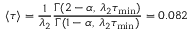
\langle \tau \rangle = \frac { 1 } { \lambda _ { 2 } } \frac { \Gamma ( 2 - \alpha , \: \lambda _ { 2 } \tau _ { \mathrm { m i n } } ) } { \Gamma ( 1 - \alpha , \: \lambda _ { 2 } \tau _ { \mathrm { m i n } } ) } = 0 . 0 8 2